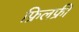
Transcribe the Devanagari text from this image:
फ्रिलफ्री